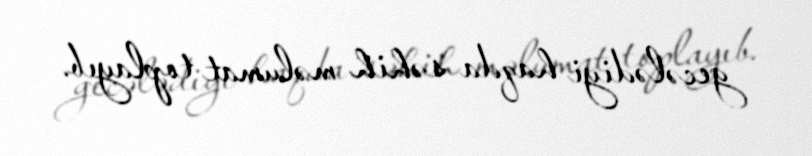
gecələdiyi haqda səhih məlumat toplayıb.